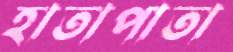
হাতাপাতা